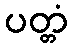
ပတ္တံ